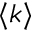
\langle k \rangle